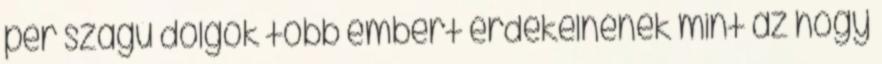
per szagú dolgok több embert érdekelnének mint az hogy